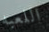
اللعبه